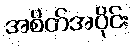
အစိတ်အပိုင်း